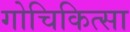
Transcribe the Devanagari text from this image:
गोचिकित्सा